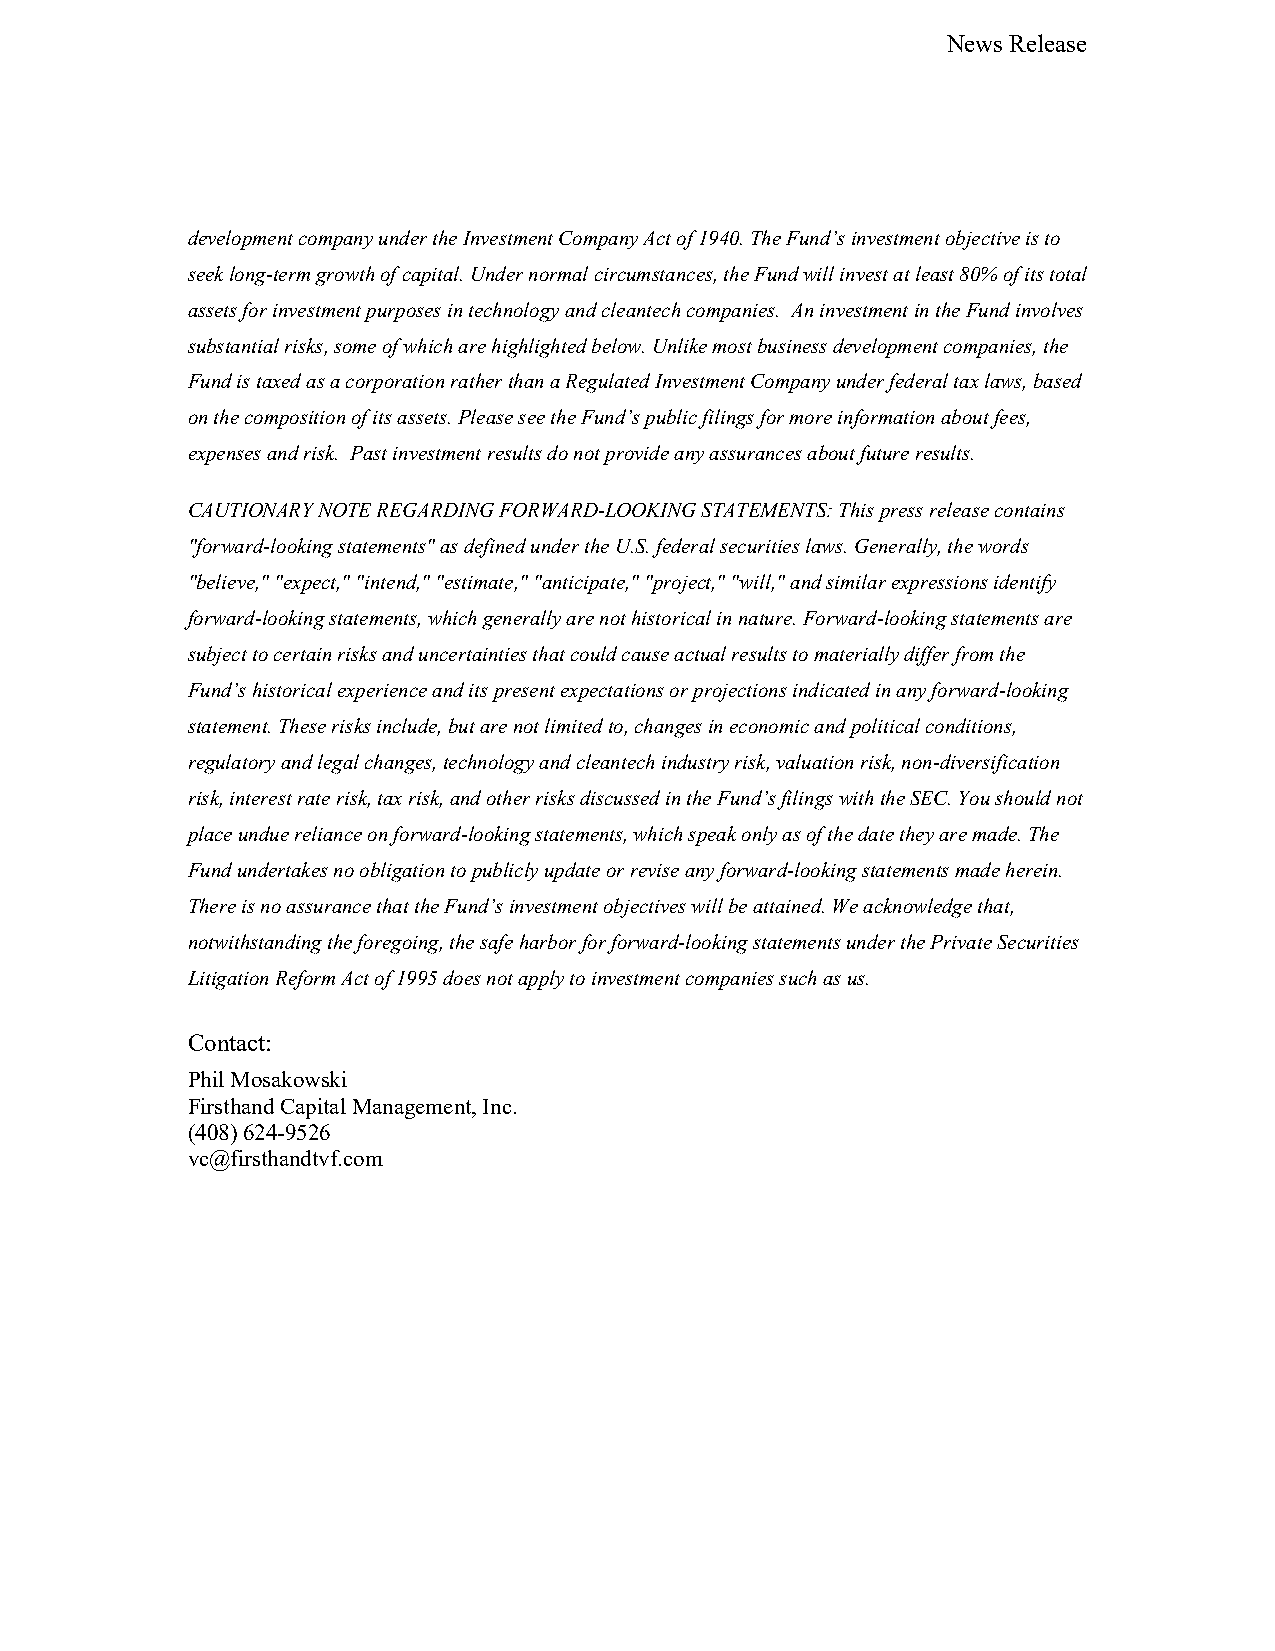
News Release
 development company under the Investment Company Act of 1940. The Fund’s investment objective is to
 seek long-term growth of capital. Under normal circumstances, the Fund will invest at least 80% of its total
 assets for investment purposes in technology and cleantech companies. An investment in the Fund involves
 substantial risks, some of which are highlighted below. Unlike most business development companies, the
 Fund is taxed as a corporation rather than a Regulated Investment Company under federal tax laws, based
 on the composition of its assets. Please see the Fund’s public filings for more information about fees,
 expenses and risk. Past investment results do not provide any assurances about future results.
 CAUTIONARY NOTE REGARDING FORWARD-LOOKING STATEMENTS: This press release contains
 "forward-looking statements" as defined under the U.S. federal securities laws. Generally, the words
 "believe," "expect," "intend," "estimate," "anticipate," "project," "will," and similar expressions identify
 forward-looking statements, which generally are not historical in nature. Forward-looking statements are
 subject to certain risks and uncertainties that could cause actual results to materially differ from the
 Fund’s historical experience and its present expectations or projections indicated in any forward-looking
 statement. These risks include, but are not limited to, changes in economic and political conditions,
 regulatory and legal changes, technology and cleantech industry risk, valuation risk, non-diversification
 risk, interest rate risk, tax risk, and other risks discussed in the Fund’s filings with the SEC. You should not
 place undue reliance on forward-looking statements, which speak only as of the date they are made. The
 Fund undertakes no obligation to publicly update or revise any forward-looking statements made herein.
 There is no assurance that the Fund’s investment objectives will be attained. We acknowledge that,
 notwithstanding the foregoing, the safe harbor for forward-looking statements under the Private Securities
 Litigation Reform Act of 1995 does not apply to investment companies such as us.
 Contact:
 Phil Mosakowski
 Firsthand Capital Management, Inc.
 (408) 624-9526
 vc@firsthandtvf.com